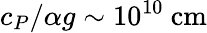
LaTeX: c_{P}/\alpha g\sim 10^{10}~\mathrm{cm}